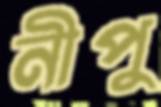
নীপু